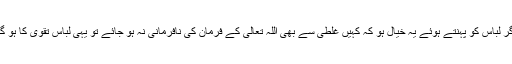
اگر لباس کو پہنتے ہوئے یہ خیال ہو کہ کہیں غلطی سے بھی اللہ تعالیٰ کے فرمان کی نافرمانی نہ ہو جائے تو یہی لباس تقویٰ کا ہو گا۔